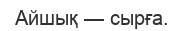
Айшық — сырға.